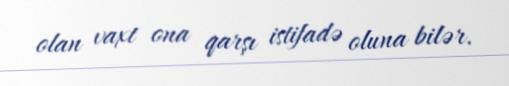
olan vaxt ona qarşı istifadə oluna bilər.